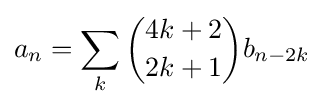
a_{n}=\sum _{k}{\binom {4k+2}{2k+1}}b_{n-2k}